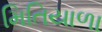
મિતિયાળા